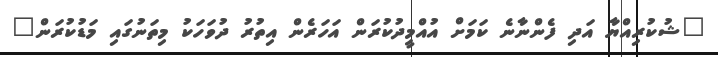
"ޝުކުރިއްޔާ އަދި ފެންނާނެ ކަމަށް އުއްމީދުކުރަން އަހަރެން އިތުރު ދުވަހަކު މިތަނުގައި މަޑުކުރަން"